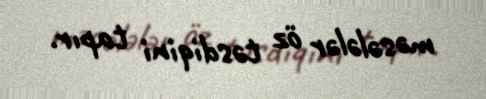
məsələlər öz təsdiqini tapır.